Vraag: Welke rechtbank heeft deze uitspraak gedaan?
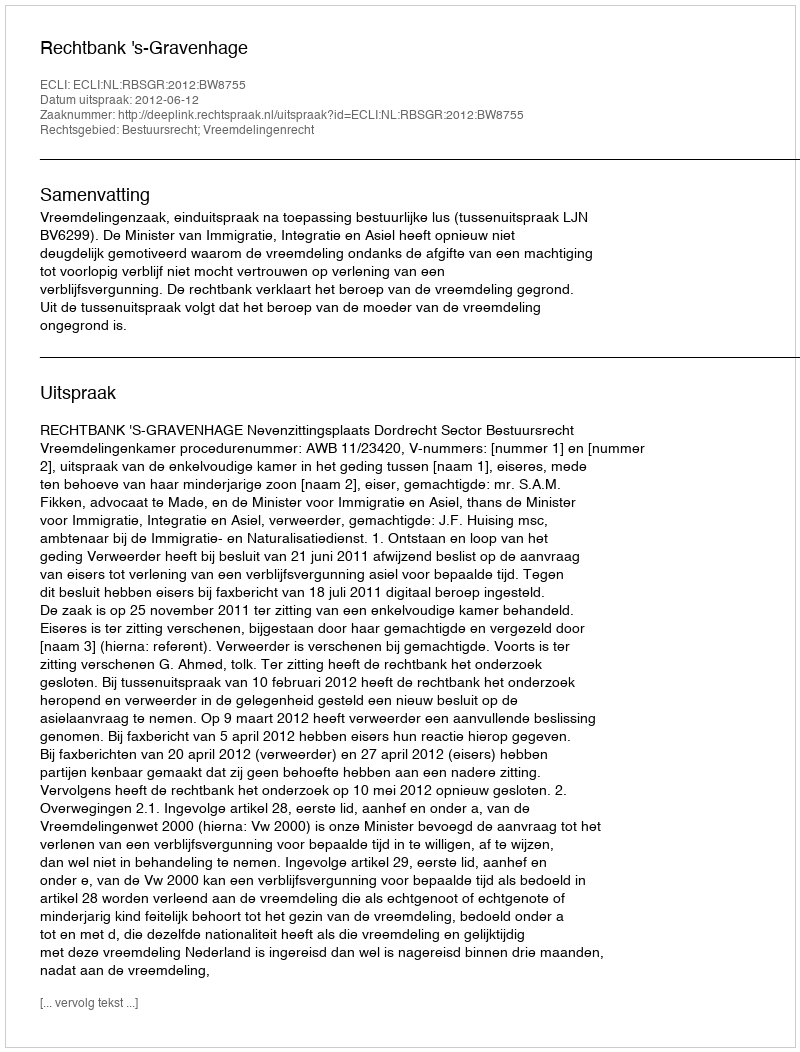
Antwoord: Rechtbank 's-Gravenhage